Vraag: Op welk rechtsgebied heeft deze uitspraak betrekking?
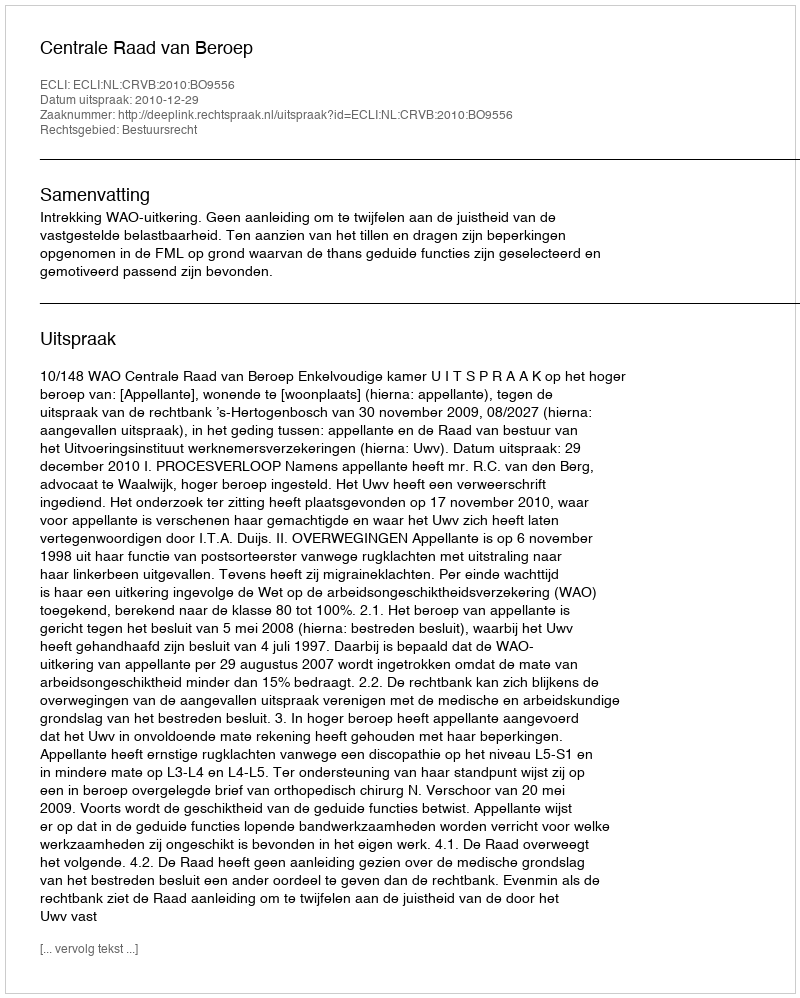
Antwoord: Bestuursrecht